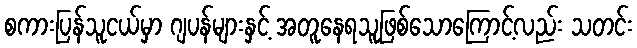
စကားပြန်သူငယ်မှာ ဂျပန်များနှင့် အတူနေရသူဖြစ်သောကြောင့်လည်း သတင်း